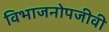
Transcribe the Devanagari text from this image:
विभाजनोपजीवी